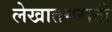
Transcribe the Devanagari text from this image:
लेखातमराठी